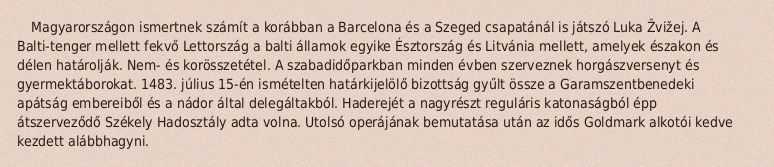
Magyarországon ismertnek számít a korábban a Barcelona és a Szeged csapatánál is játszó Luka Žvižej. A Balti-tenger mellett fekvő Lettország a balti államok egyike Észtország és Litvánia mellett, amelyek északon és délen határolják. Nem- és korösszetétel. A szabadidőparkban minden évben szerveznek horgászversenyt és gyermektáborokat. 1483. július 15-én ismételten határkijelölő bizottság gyűlt össze a Garamszentbenedeki apátság embereiből és a nádor által delegáltakból. Haderejét a nagyrészt reguláris katonaságból épp átszerveződő Székely Hadosztály adta volna. Utolsó operájának bemutatása után az idős Goldmark alkotói kedve kezdett alábbhagyni.